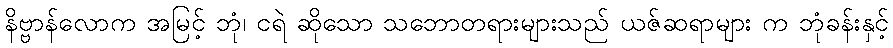
နိဗ္ဗာန်လောက အမြင့် ဘုံ၊ ငရဲ ဆိုသော သဘောတရားများသည် ယဇ်ဆရာများ က ဘုံခန်းနှင့်